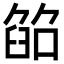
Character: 𦥵